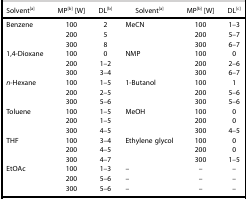
| Solvent[a] | MP[b] [W] | DL[b] | Solvent[a] | MP[b] [W] | DL[c] |
 | --- | --- | --- | --- | --- | --- |
 | Benzene | 100 | 2 | MeCN | 100 | 1–3 |
 |  | 200 | 5 |  | 200 | 5–7 |
 |  | 300 | 8 |  | 300 | 6–7 |
 | 1,4-Dioxane | 100 | 0 | NMP | 100 | 0 |
 |  | 200 | 1–2 |  | 200 | 2–6 |
 |  | 300 | 3–4 |  | 300 | 6–7 |
 | n-Hexane | 100 | 1–5 | 1-Butanol | 100 | 1 |
 |  | 200 | 2–5 |  | 200 | 5–6 |
 |  | 300 | 5–6 |  | 300 | 5–6 |
 | Toluene | 100 | 1–5 | MeOH | 100 | 0 |
 |  | 200 | 1–5 |  | 200 | 0 |
 |  | 300 | 4–5 |  | 300 | 4–5 |
 | THF | 100 | 3–4 | Ethylene glycol | 100 | 0 |
 |  | 200 | 4–5 |  | 200 | 0 |
 |  | 300 | 4–7 |  | 300 | 1–5 |
 | EtOAc | 100 | 1–3 | – | – | – |
 |  | 200 | 5–6 | – | – | – |
 |  | 300 | 5–6 | – | – | – |